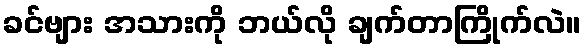
ခင်ဗျား အသားကို ဘယ်လို ချက်တာကြိုက်လဲ။